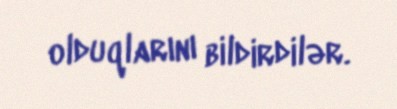
olduqlarını bildirdilər.